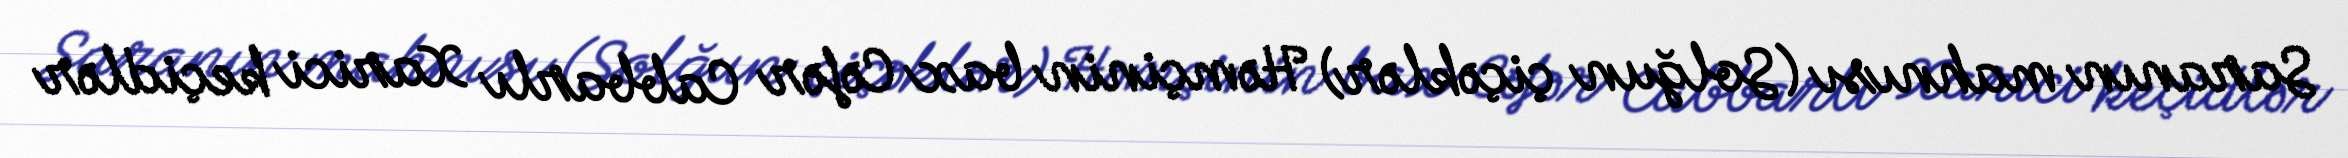
Saranın mahnısı (Solğun çiçəklər) Həmçinin bax Cəfər Cabbarlı Xarici keçidlər